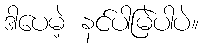
ဒါပေမဲ့ နင်ပါမြဲပါပဲ။